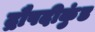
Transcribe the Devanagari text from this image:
द्रौपदीकुंड